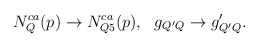
\begin{align*}N_Q^{ca}(p) \rightarrow N_{Q5}^{ca}(p), \ \ g_{Q'Q} \rightarrow g'_{Q'Q}.\end{align*}